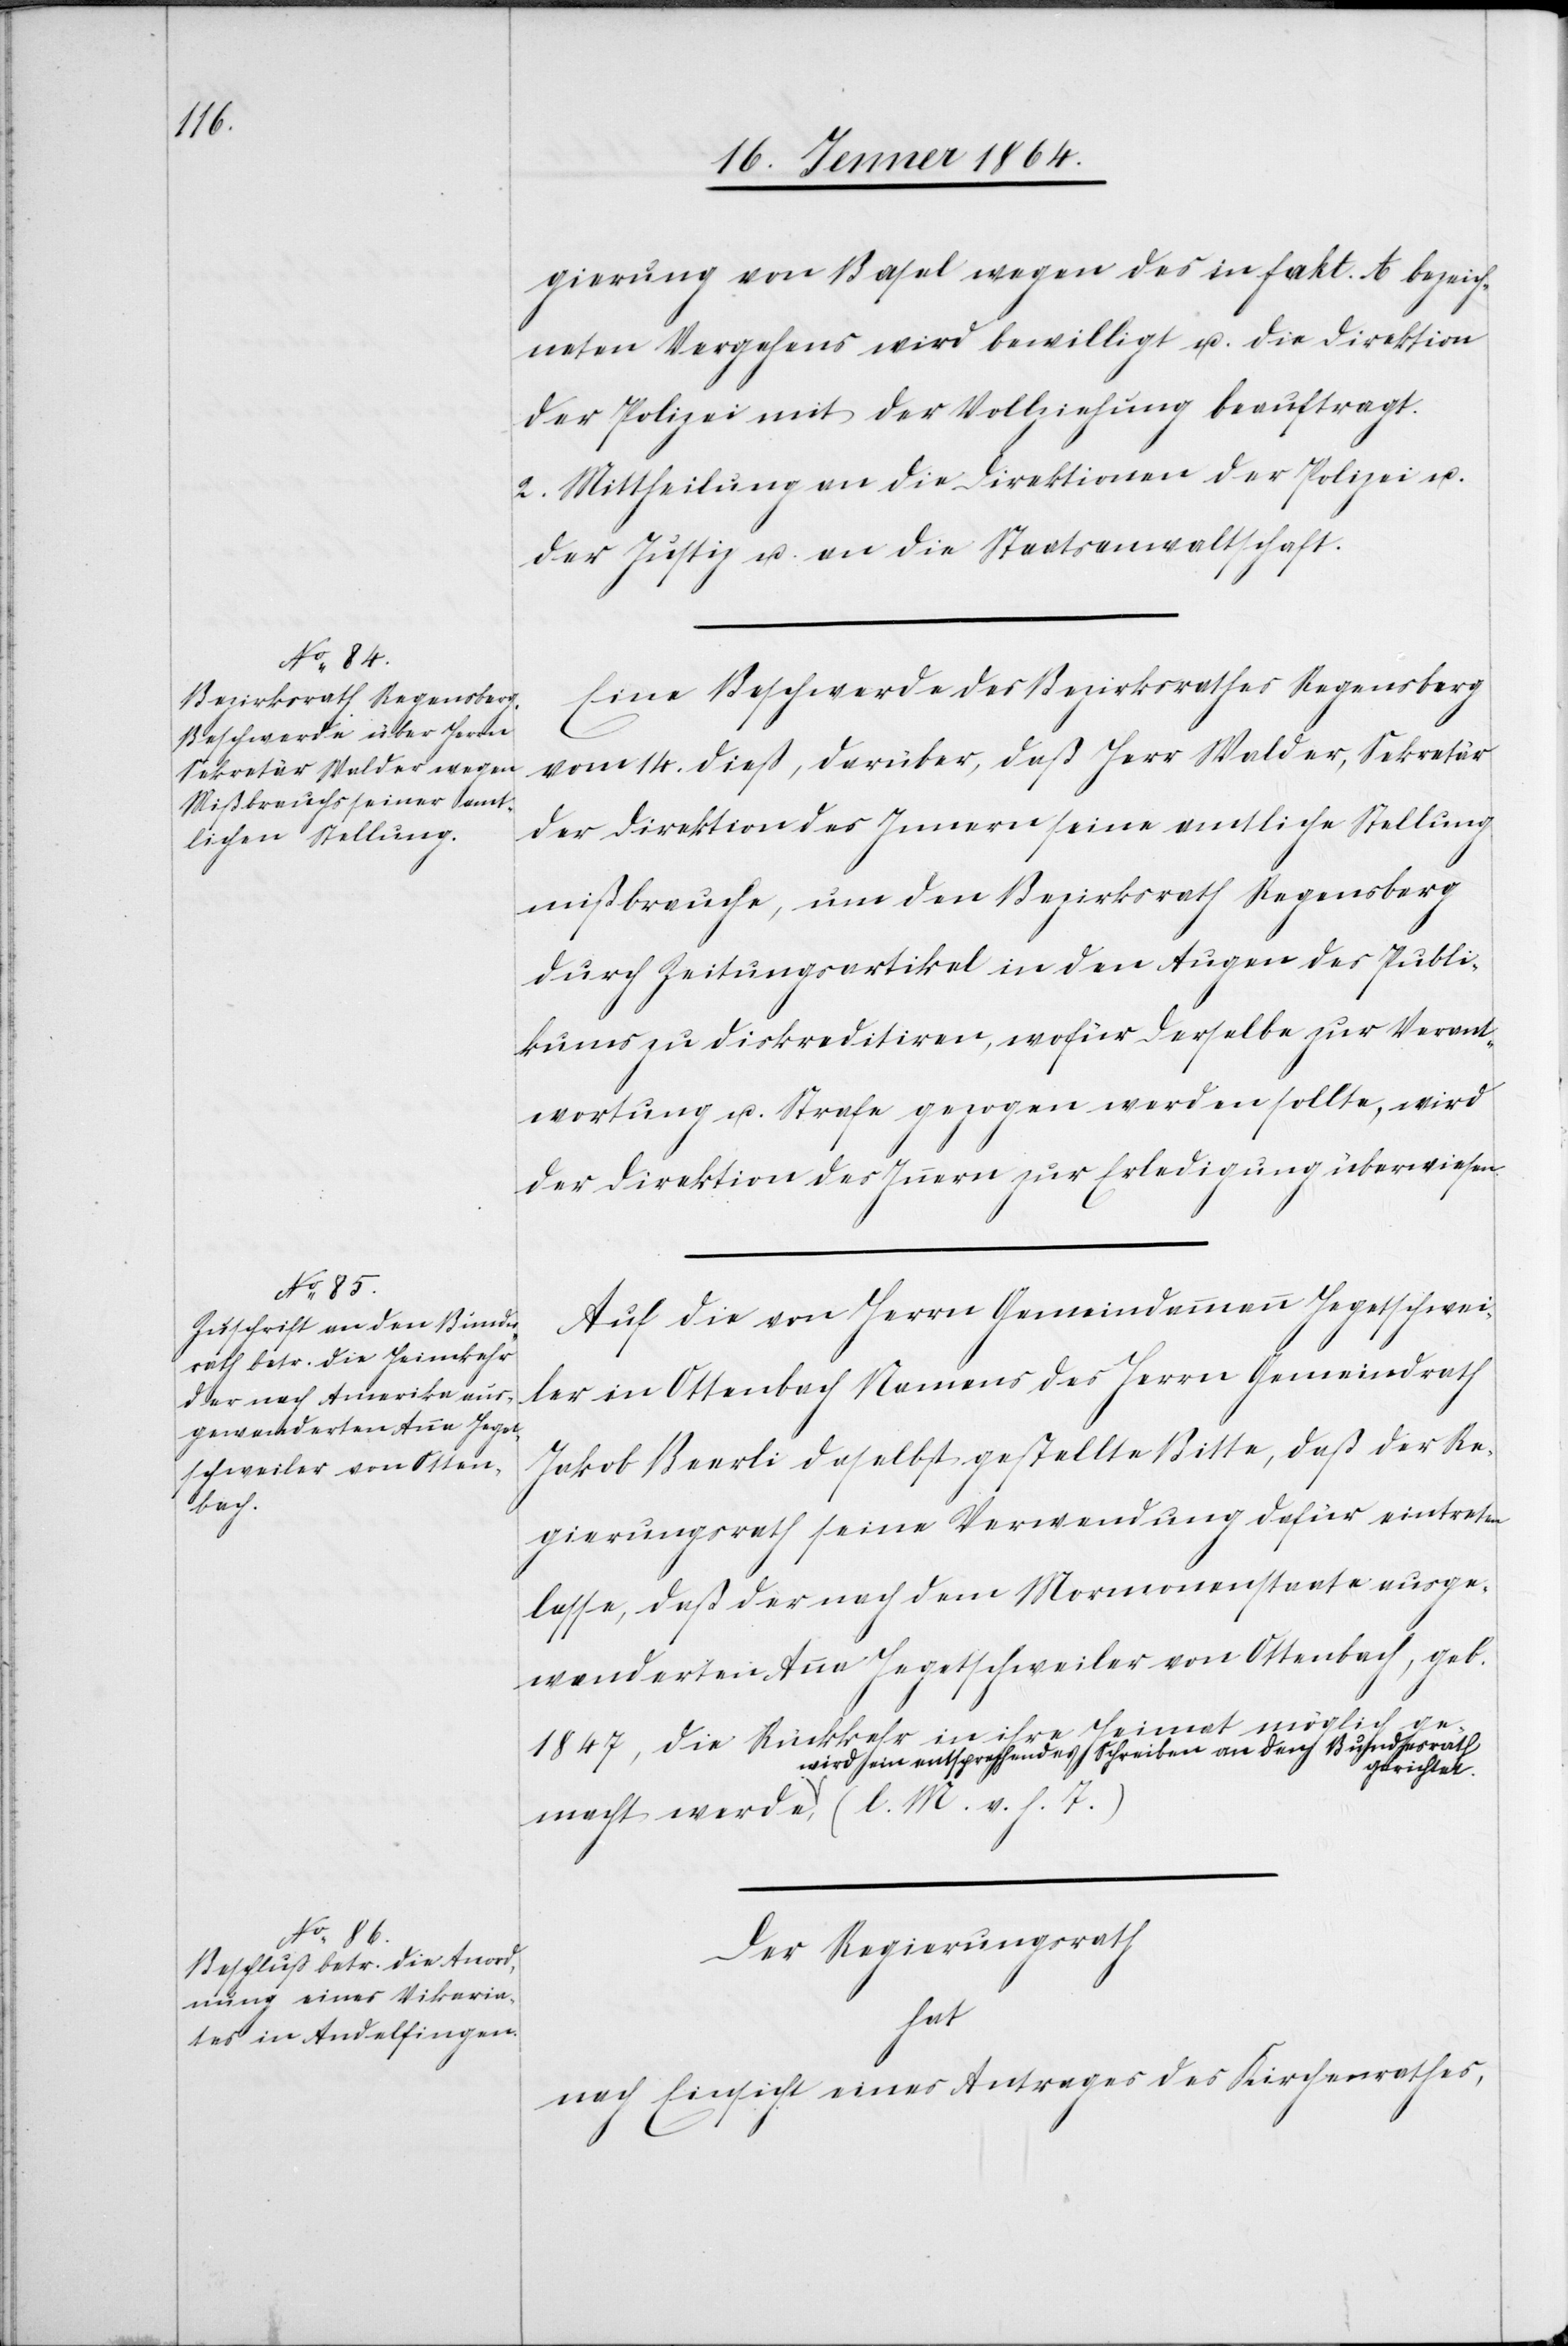
gierung von Basel wegen des in fakt. A bezeich¬
neten Vergehens wird bewilligt u. die Direktion
der Polizei mit der Vollziehung beauftragt.
2. Mittheilung an die Direktionen der Polizei u.
der Justiz u. an die Staatsanwaltschaft.
Eine Beschwerde des Bezirksrathes Regensberg
vom 14. dieß, darüber, daß Herr Walder, Sekretär
der Direktion des Innern seine amtliche Stellung
mißbrauche, um den Bezirksrath Regensberg
durch Zeitungsartikel in den Augen des Publi¬
kums zu diskreditiren, wofür derselbe zur Verant¬
wortung u. Strafe gezogen werden sollte, wird
der Direktion des Innern zur Erledigung überwiesen.
Auf die von Herrn Gemeindammann Hegetschwei¬
ler in Ottenbach Namens des Herrn Gemeindrath
Jakob Beerli daselbst gestellte Bitte, daß der Re¬
gierungsrath seine Verwendung dafür eintreten
lasse, daß der nach dem Mormonenstaate ausge¬
wanderten Anne Hegetschweiler von Ottenbach, geb.
1847, die Rückkehr in ihre Heimat möglich
wird ein entsprechendes Schreiben an den Bundesrath
gerichtet.
Der Regierungsrath
hat
nach Einsicht eines Antrages des Kirchenrathes,
v.